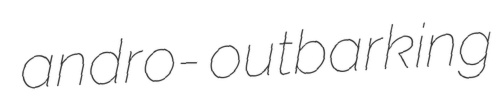
andro- outbarking